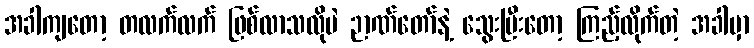
အခါကျတော့ တလက်လက် ဖြစ်လာသလိုပဲ ဉာဏ်တော်နဲ့ သွေးပြီးတော့ ကြည့်လိုက်တဲ့ အခါမှာ